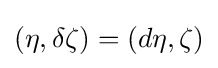
(\eta ,\delta \zeta )=(d\eta ,\zeta )